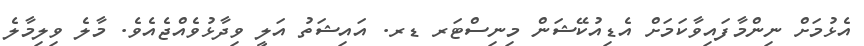
އެޅުމަށް ނިންމާފައިވާކަމަށް އެޑިއުކޭޝަން މިނިސްޓަރ ޑރ. އައިޝަތު އަލީ ވިދާޅުވެއްޖެއެވެ. މާލެ ވިލިމާލެ